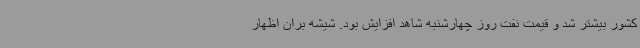
کشور بیشتر شد و قیمت نفت روز چهارشنبه شاهد افزایش بود. شیشه بران اظهار